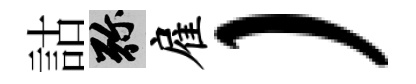
詁弥雇）